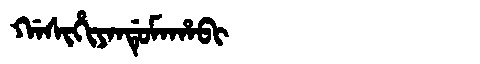
Manchu: ᡤᠠᠰᡳᡥᡳᠶᠠᠨᡩᡠᠮᠠᡥᠠᠪᡳ
Romanization: GASIHIYANDUMAHABI